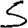
Digit: 5